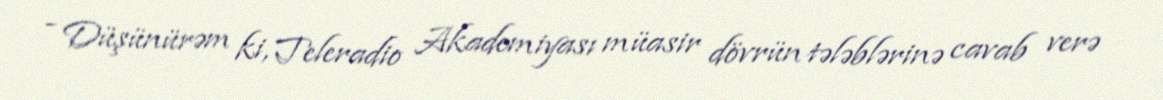
- Düşünürəm ki, Teleradio Akademiyası müasir dövrün tələblərinə cavab verə